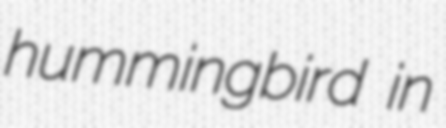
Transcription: hummingbird in